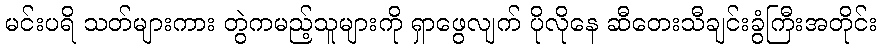
မင်းပရိ သတ်များကား တွဲကမည့်သူများကို ရှာဖွေလျက် ပိုလိုနေ ဆီတေးသီချင်းခွံကြီးအတိုင်း